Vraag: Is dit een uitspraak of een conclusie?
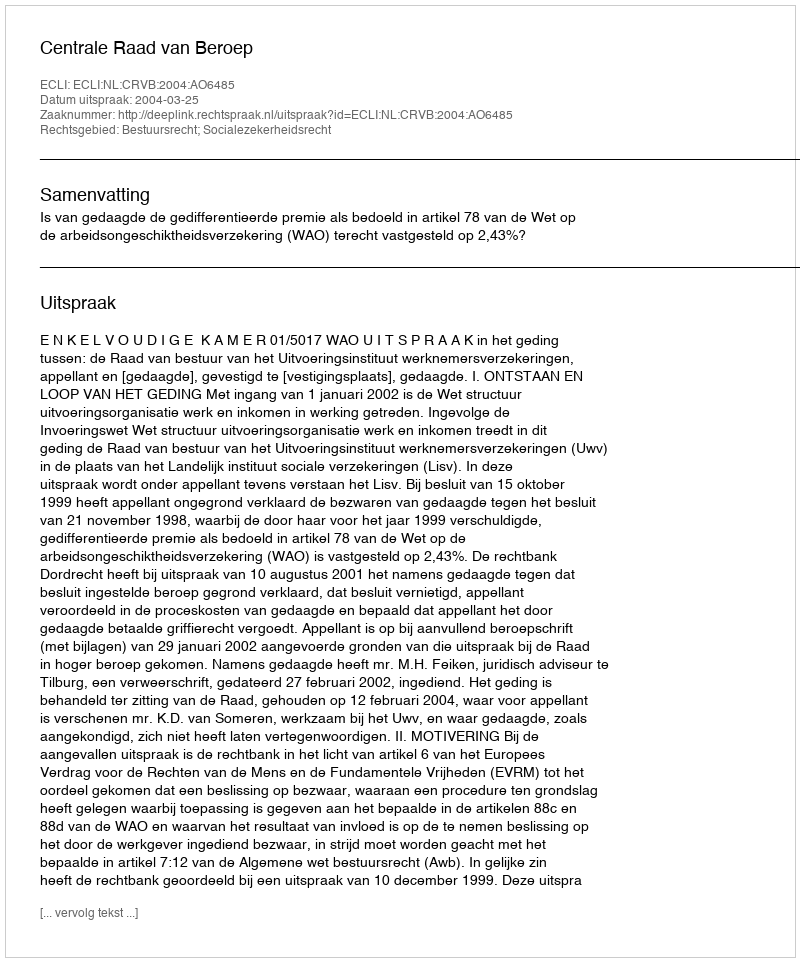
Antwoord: Uitspraak